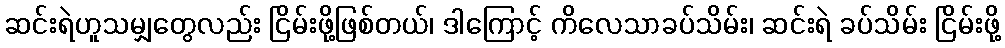
ဆင်းရဲဟူသမျှတွေလည်း ငြိမ်းဖို့ဖြစ်တယ်၊ ဒါကြောင့် ကိလေသာခပ်သိမ်း၊ ဆင်းရဲ ခပ်သိမ်း ငြိမ်းဖို့